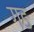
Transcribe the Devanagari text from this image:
गङ